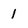
Character: 1